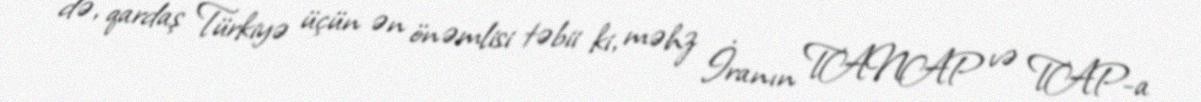
də, qardaş Türkiyə üçün ən önəmlisi təbii ki, məhz İranın TANAP və TAP-a